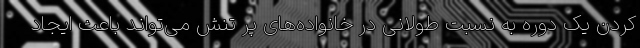
کردن یک دوره به نسبت طولانی در خانواده‌های پر تنش می‌تواند باعث ایجاد